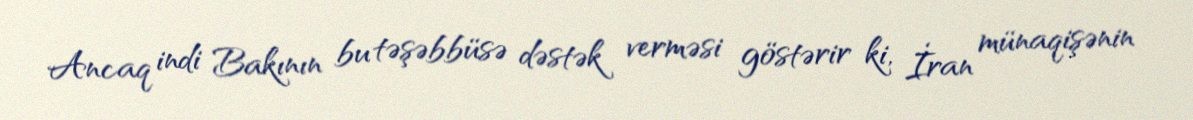
Ancaq indi Bakının bu təşəbbüsə dəstək verməsi göstərir ki, İran münaqişənin